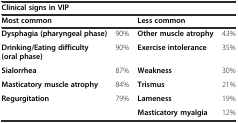
<table><thead><tr><td colspan="4"><b>Clinical signs in VIP</b></td></tr><tr><td colspan="2"><b>Most common</b></td><td colspan="2"><b>Less common</b></td></tr></thead><tbody><tr><td><b>Dysphagia (pharyngeal phase)</b></td><td>90%</td><td><b>Other muscle atrophy</b></td><td>43%</td></tr><tr><td><b>Drinking/Eating difficulty (oral phase)</b></td><td>90%</td><td><b>Exercise intolerance</b></td><td>35%</td></tr><tr><td><b>Sialorrhea</b></td><td>87%</td><td><b>Weakness</b></td><td>30%</td></tr><tr><td><b>Masticatory muscle atrophy</b></td><td>84%</td><td><b>Trismus</b></td><td>21%</td></tr><tr><td><b>Regurgitation</b></td><td>79%</td><td><b>Lameness</b></td><td>19%</td></tr><tr><td></td><td></td><td><b>Masticatory myalgia</b></td><td>12%</td></tr></tbody></table>